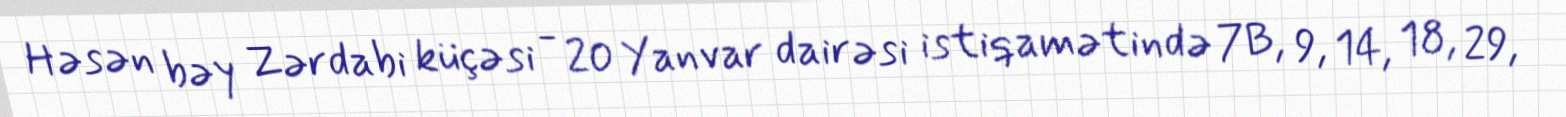
Həsən bəy Zərdabi küçəsi - 20 Yanvar dairəsi istiqamətində 7B, 9, 14, 18, 29,